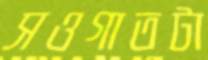
সওগাতটা